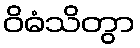
ဝိဓံသိတွာ